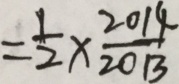
= \frac { 1 } { 2 } \times \frac { 2 0 1 4 } { 2 0 1 3 }